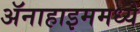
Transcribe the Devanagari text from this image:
ॲनाहाइममध्ये